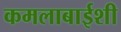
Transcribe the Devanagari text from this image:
कमलाबाईशी